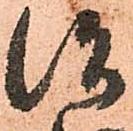
治